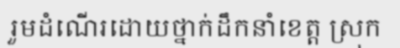
រួមដំណើរដោយថ្នាក់ដឹកនាំខេត្ត ស្រុក